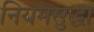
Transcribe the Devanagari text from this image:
नियमसुद्धा